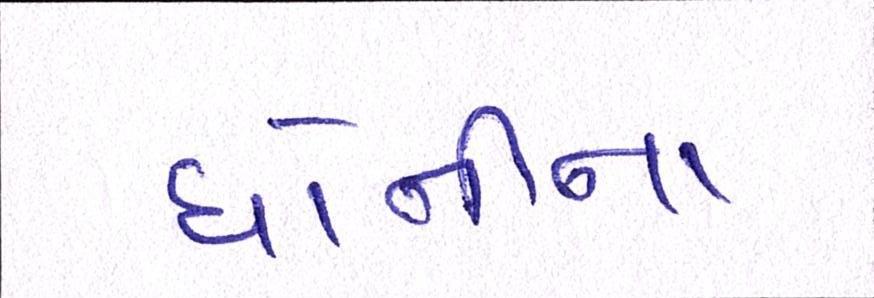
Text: ધોનીના